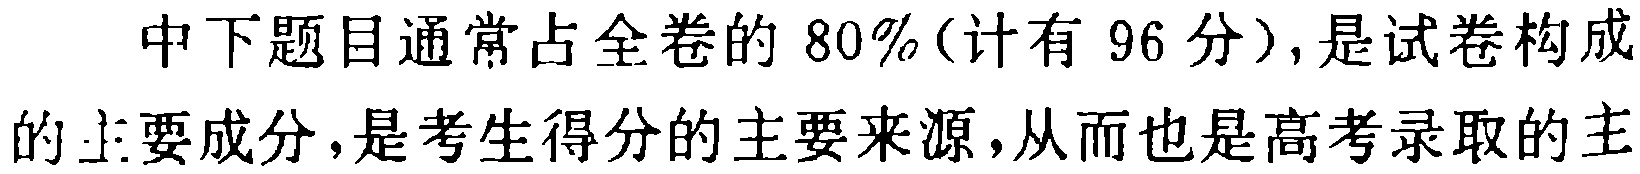
中下题目通常占全卷的 \(80\%\)(计有 \(96\) 分)，是试卷构成的主要成分，是考生得分的主要来源，从而也是高考录取的主